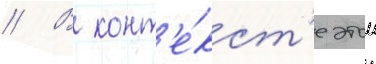
// В конт'е́кст'е этои